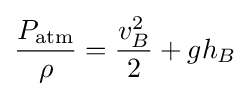
{P_{\mathrm {atm} } \over {\rho }}={v_{B}^{2} \over 2}+gh_{B}